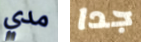
مدي جدا